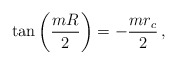
\begin{align*}\tan\left(\frac{mR}{2} \right) = - \frac{m r_c}{2}\,,\end{align*}